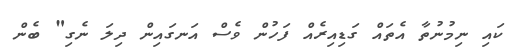
ކައި ނިމުނުތާ އެތައް ގަޑިއިރެއް ފަހުން ވެސް އަނގައިން ދިލަ ނެގި" ބެން